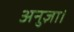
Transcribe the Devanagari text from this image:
अनुज्ञा।